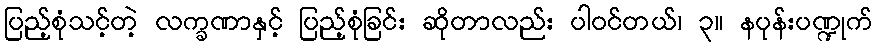
ပြည့်စုံသင့်တဲ့ လက္ခဏာနှင့် ပြည့်စုံခြင်း ဆိုတာလည်း ပါဝင်တယ်၊ ၃။ နပုန်းပဏ္ဍုက်